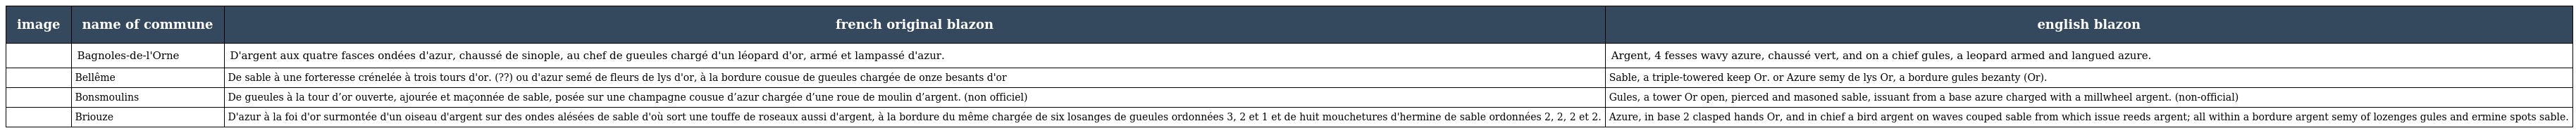
| image | name of commune | french original blazon | english blazon |
 | --- | --- | --- | --- |
 |  | Bagnoles-de-l'Orne | D'argent aux quatre fasces ondées d'azur, chaussé de sinople, au chef de gueules chargé d'un léopard d'or, armé et lampassé d'azur. | Argent, 4 fesses wavy azure, chaussé vert, and on a chief gules, a leopard armed and langued azure. |
 |  | Bellême | De sable à une forteresse crénelée à trois tours d'or. (??) ou d'azur semé de fleurs de lys d'or, à la bordure cousue de gueules chargée de onze besants d'or | Sable, a triple-towered keep Or. or Azure semy de lys Or, a bordure gules bezanty (Or). |
 |  | Bonsmoulins | De gueules à la tour d’or ouverte, ajourée et maçonnée de sable, posée sur une champagne cousue d’azur chargée d’une roue de moulin d’argent. (non officiel) | Gules, a tower Or open, pierced and masoned sable, issuant from a base azure charged with a millwheel argent. (non-official) |
 |  | Briouze | D'azur à la foi d'or surmontée d'un oiseau d'argent sur des ondes alésées de sable d'où sort une touffe de roseaux aussi d'argent, à la bordure du même chargée de six losanges de gueules ordonnées 3, 2 et 1 et de huit mouchetures d'hermine de sable ordonnées 2, 2, 2 et 2. | Azure, in base 2 clasped hands Or, and in chief a bird argent on waves couped sable from which issue reeds argent; all within a bordure argent semy of lozenges gules and ermine spots sable. |